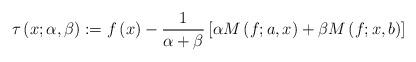
LaTeX: \begin{align*}\tau \left( x;\alpha ,\beta \right) :=f\left( x\right) -\frac{1}{\alpha+\beta }\left[ \alpha M\left( f;a,x\right) +\beta M\left( f;x,b\right) \right] \end{align*}